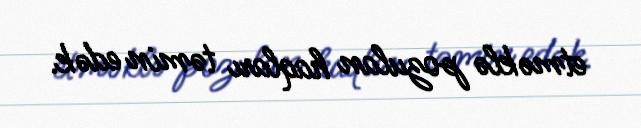
etməklə pozulan haqları təmin edək.